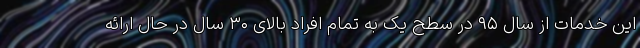
این خدمات از سال ۹۵ در سطح یک به تمام افراد بالای ۳۰ سال در حال ارائه